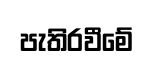
පැතිරවීමේ